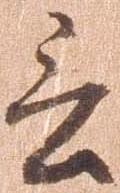
言